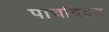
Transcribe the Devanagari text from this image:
पाचदिवस